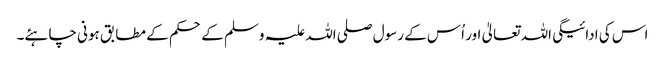
اس کی ادائیگی اللہ تعالیٰ اور اُس کے رسول صلی اللہ علیہ وسلم کے حکم کے مطابق ہونی چاہئے۔